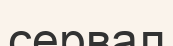
сервал